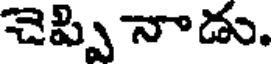
చెప్పి నాడు.